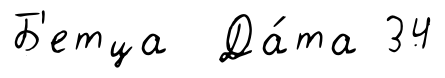
Б'етца Да́та 34